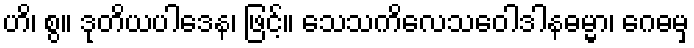
ဟိ၊ စွ။ ဒုတိယပါဒေန၊ ဖြင့်။ သေသကိလေသဝေါဒါနဓမ္မာ၊ ဂေဓမှ